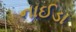
નાઈડા